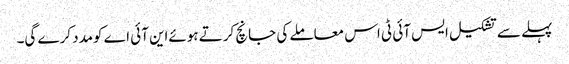
پہلے سے تشکیل ایس آئی ٹی اس معاملے کی جانچ کرتے ہوئےاین آئی اے کومدد کرے گی۔